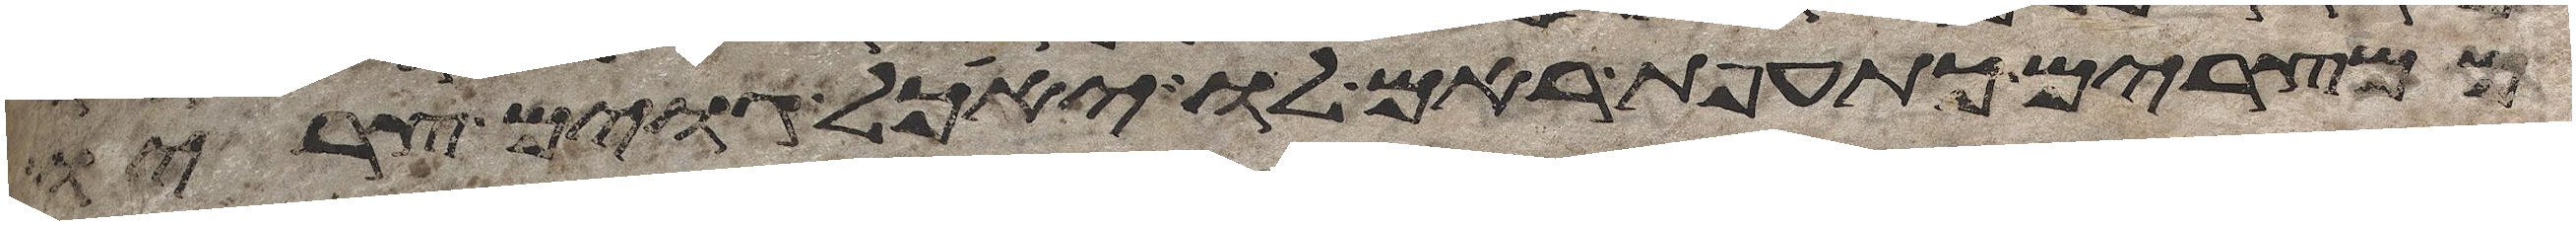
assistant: ממצרים כתועפת ראם לו יאכל גוים צריו